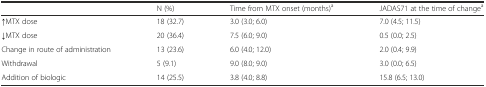
|  | N (%) | Time from MTX onset (months)a | JADAS71 at the time of changea |
 | --- | --- | --- | --- |
 | ↑MTX dose | 18 (32.7) | 3.0 (3.0; 6.0) | 7.0 (4.5; 11.5) |
 | ↓MTX dose | 20 (36.4) | 7.5 (6.0; 9.0) | 0.5 (0.0; 2.5) |
 | Change in route of administration | 13 (23.6) | 6.0 (4.0; 12.0) | 2.0 (0.4; 9.9) |
 | Withdrawal | 5 (9.1) | 9.0 (8.0; 9.0) | 3.0 (0.0; 6.5) |
 | Addition of biologic | 14 (25.5) | 3.8 (4.0; 8.8) | 15.8 (6.5; 13.0) |